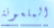
الملعونة